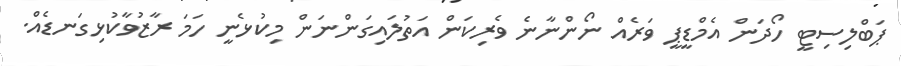
ޕަބްލިސިޓީ ހޯދަން އެމްޑީޕީ ވަރެއް ނޯންނާނެ ވެރިކަން އަތުލައިގަންނަން މިކުޅެނީ ހަމަ ރާޒުވާކުޅިގަނޑެއް.